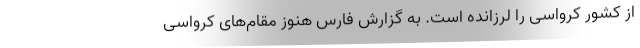
از کشور کرواسی را لرزانده است. به گزارش فارس هنوز مقام‌های کرواسی